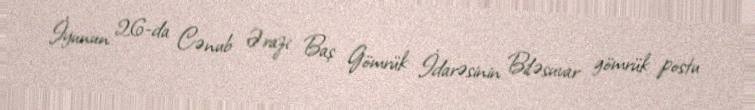
İyunun 26-da Cənub Ərazi Baş Gömrük İdarəsinin Biləsuvar gömrük postu